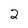
Character: 2